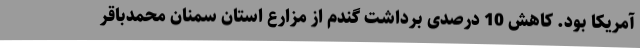
آمریکا بود. کاهش 10 درصدی برداشت گندم از مزارع استان سمنان محمدباقر